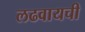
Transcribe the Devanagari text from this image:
लढवायची